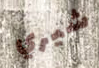
شيري